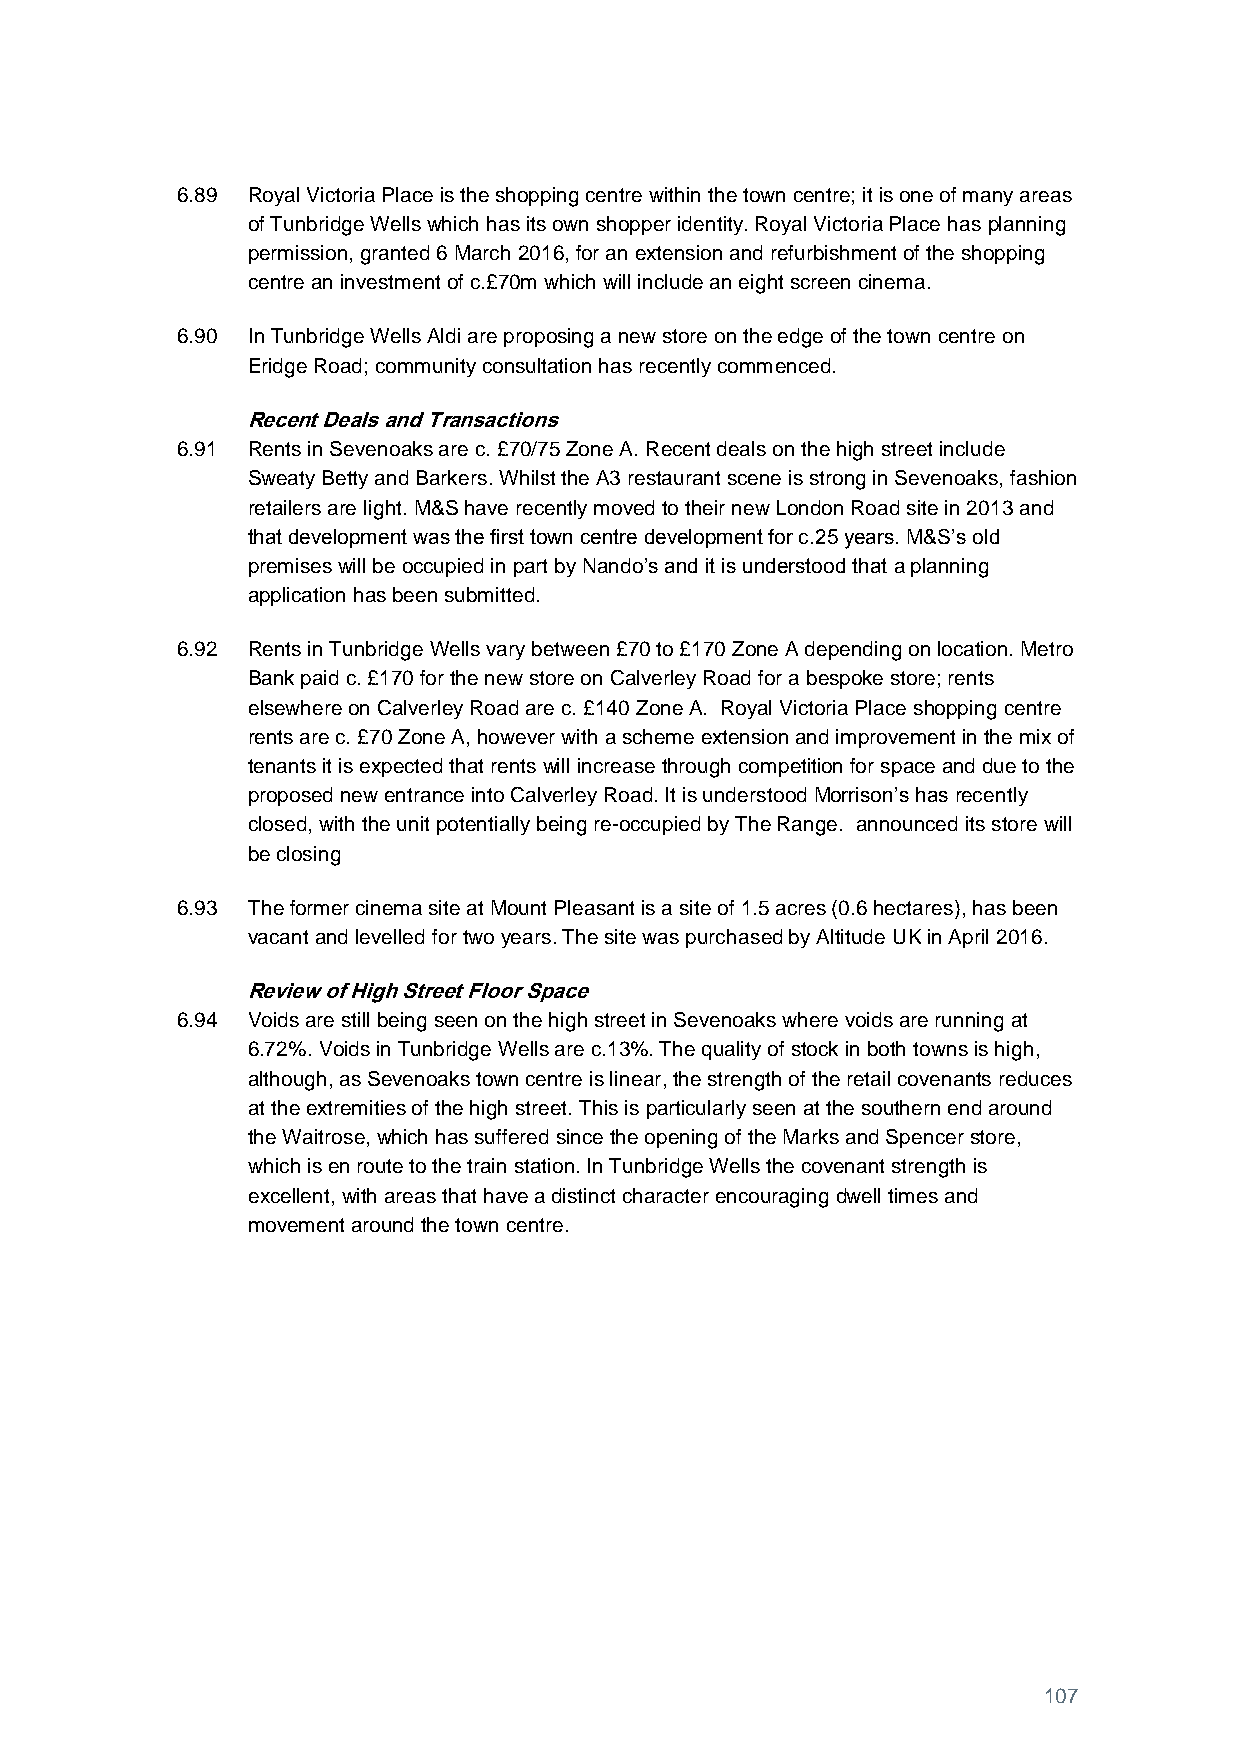
6.89 Royal Victoria Place is the shopping centre within the town centre; it is one of many areas
 of Tunbridge Wells which has its own shopper identity. Royal Victoria Place has planning
 permission, granted 6 March 2016, for an extension and refurbishment of the shopping
 centre an investment of c.£70m which will include an eight screen cinema.
 6.90 In Tunbridge Wells Aldi are proposing a new store on the edge of the town centre on
 Eridge Road; community consultation has recently commenced.
 Recent Deals and Transactions
 6.91 Rents in Sevenoaks are c. £70/75 Zone A. Recent deals on the high street include
 Sweaty Betty and Barkers. Whilst the A3 restaurant scene is strong in Sevenoaks, fashion
 retailers are light. M&S have recently moved to their new London Road site in 2013 and
 that development was the first town centre development for c.25 years. M&S’s old
 premises will be occupied in part by Nando’s and it is understood that a planning
 application has been submitted.
 6.92 Rents in Tunbridge Wells vary between £70 to £170 Zone A depending on location. Metro
 Bank paid c. £170 for the new store on Calverley Road for a bespoke store; rents
 elsewhere on Calverley Road are c. £140 Zone A. Royal Victoria Place shopping centre
 rents are c. £70 Zone A, however with a scheme extension and improvement in the mix of
 tenants it is expected that rents will increase through competition for space and due to the
 proposed new entrance into Calverley Road. It is understood Morrison’s has recently
 closed, with the unit potentially being re-occupied by The Range. announced its store will
 be closing
 6.93 The former cinema site at Mount Pleasant is a site of 1.5 acres (0.6 hectares), has been
 vacant and levelled for two years. The site was purchased by Altitude UK in April 2016.
 Review of High Street Floor Space
 6.94 Voids are still being seen on the high street in Sevenoaks where voids are running at
 6.72%. Voids in Tunbridge Wells are c.13%. The quality of stock in both towns is high,
 although, as Sevenoaks town centre is linear, the strength of the retail covenants reduces
 at the extremities of the high street. This is particularly seen at the southern end around
 the Waitrose, which has suffered since the opening of the Marks and Spencer store,
 which is en route to the train station. In Tunbridge Wells the covenant strength is
 excellent, with areas that have a distinct character encouraging dwell times and
 movement around the town centre.
 107